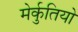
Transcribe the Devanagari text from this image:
मेर्कुतियो